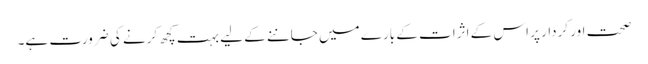
صحت اور کردار پر اس کے اثرات کے بارے میں جاننے کے لیے بہت کچھ کرنے کی ضرورت ہے۔